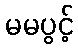
မမပွင့်